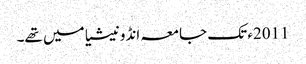
2011ء تک جامعہ انڈونیشیا میں تھے۔